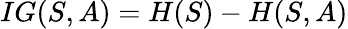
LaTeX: IG(S,A)=H(S)-H(S,A)